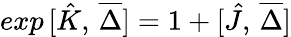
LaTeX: exp\, [\hat{K},\, \overline{{{\Delta}}}]=1+[\hat{J},\, \overline{{{\Delta}}}]